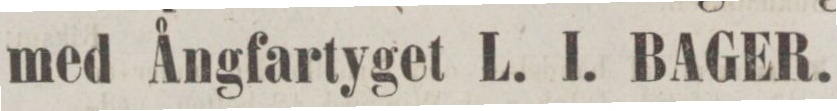
med Ångfartyget L. I. BAGER.